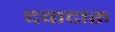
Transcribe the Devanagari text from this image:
दवादारू